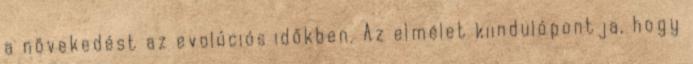
a növekedést az evolúciós időkben. Az elmélet kiindulópontja, hogy